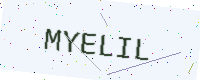
Text: MYELIL